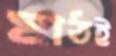
মাঠই